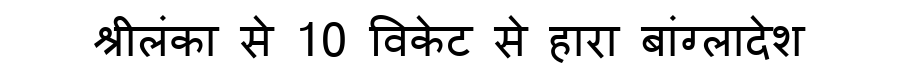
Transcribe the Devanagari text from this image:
श्रीलंका से 10 विकेट से हारा बांग्लादेश